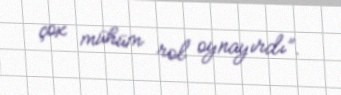
çox mühüm rol oynayırdı”.